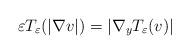
LaTeX: \begin{align*}\varepsilon T_{\varepsilon}(|\nabla v|)=|\nabla_{y}T_{\varepsilon}(v)|\end{align*}